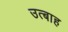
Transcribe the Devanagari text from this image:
उत्बाह